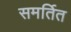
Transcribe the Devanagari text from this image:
समर्तित